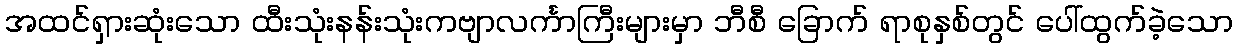
အထင်ရှားဆုံးသော ထီးသုံးနန်းသုံးကဗျာလင်္ကာကြီးများမှာ ဘီစီ ခြောက် ရာစုနှစ်တွင် ပေါ်ထွက်ခဲ့သော